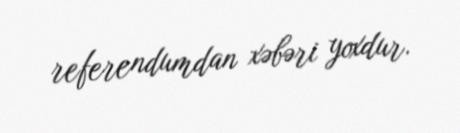
referendumdan xəbəri yoxdur.